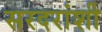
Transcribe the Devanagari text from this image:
सरदरांशी